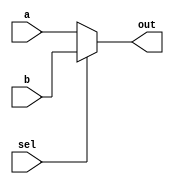
module mux2to1 (
    input wire a,       // Input A
    input wire b,       // Input B
    input wire sel,     // Select input
    output reg out      // Output
);

// Always block that executes whenever inputs 'a', 'b', or 'sel' change
always @ (a or b or sel) begin
    // Immediate assignment for combinational logic
    out = (sel) ? b : a;
end

endmodule